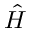
\hat { H }